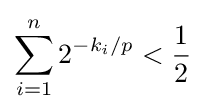
\sum _{i=1}^{n}2^{-k_{i}/p}<{1 \over 2}